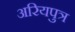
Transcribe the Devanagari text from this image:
अरियपुत्र